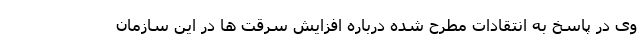
وی در پاسخ به انتقادات مطرح شده درباره افزایش سرقت ها در این سازمان